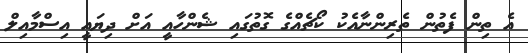
އެ ތިން ފެތުން ތެރިންނާއެކު ކޯޗެއްގެ ގޮތުގައި ޝެންހާއީ އަށް ދިޔައީ އިސްމާއިލް